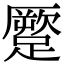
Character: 蹷